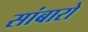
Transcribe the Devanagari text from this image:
सांबारो